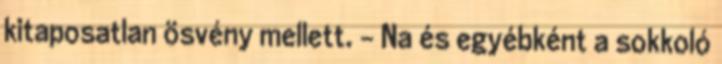
kitaposatlan ösvény mellett. - Na és egyébként a sokkoló